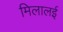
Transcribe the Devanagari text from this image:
मिलालई